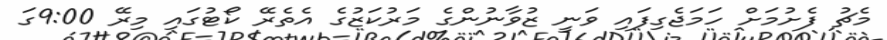
މެޗު ފެށުމަށް ހަމަޖެގިފައި ވަނީ ޒުވާނުންގެ މަރުކަޒުގެ އެތެރޭ ކޯޓުގައި މިރޭ 9:00ގަ